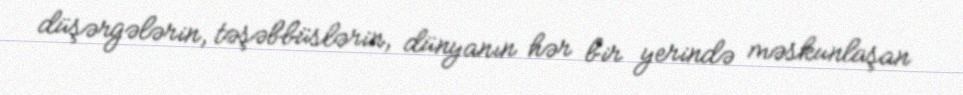
düşərgələrin, təşəbbüslərin, dünyanın hər bir yerində məskunlaşan